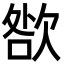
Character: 㰶